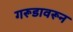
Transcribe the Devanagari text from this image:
गरूडावरून